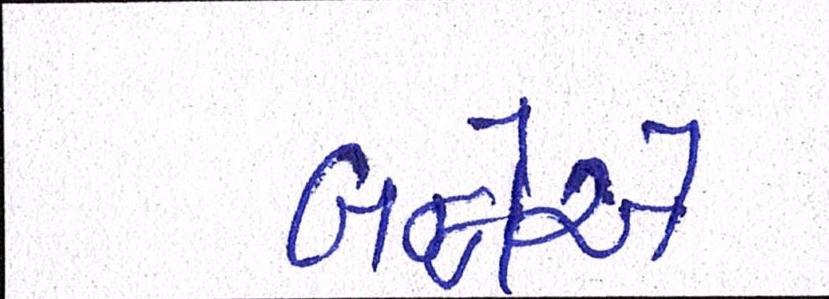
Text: બન્નેએ